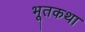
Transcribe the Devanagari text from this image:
भूतकथा